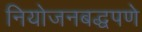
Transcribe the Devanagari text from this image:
नियोजनबद्धपणे